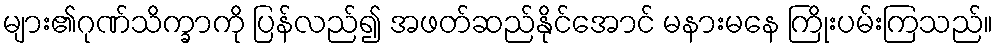
များ၏ဂုဏ်သိက္ခာကို ပြန်လည်၍ အဖတ်ဆည်နိုင်အောင် မနားမနေ ကြိုးပမ်းကြသည်။